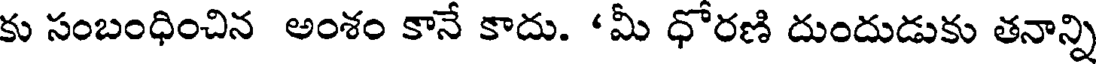
కు సంబంధించిన అంశం కానే కాదు. 'మీ ధోరణి దుందుడుకు తనాన్ని